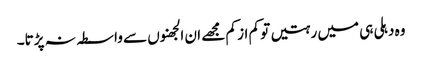
وہ دہلی ہی میں رہتیں تو کم از کم مجھے ان الجھنوں سے واسطہ نہ پڑتا۔